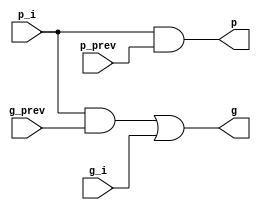
// black cell

module black_cell(
    input p_i,
    input g_i,

    input p_prev,
    input g_prev,

    output p,
    output g
);

wire and_out;
assign and_out = p_i & g_prev;

assign g = and_out | g_i;
assign p = p_i & p_prev;


endmodule